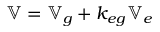
\mathbb { V } = \mathbb { V } _ { g } + k _ { e g } \mathbb { V } _ { e }